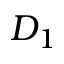
D _ { 1 }